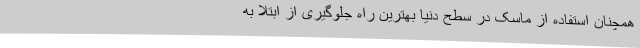
همچنان استفاده از ماسک در سطح دنیا بهترین راه جلوگیری از ابتلا به